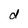
Character: d